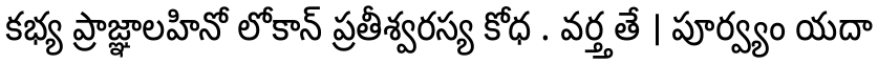
కభ్య ప్రాజ్ఞాలహినో లోకాన్ ప్రతీశ్వరస్య కోధ . వర్త్తతే । పూర్వ్యం యదా